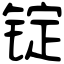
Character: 锭